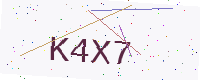
Text: K4X7